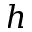
h